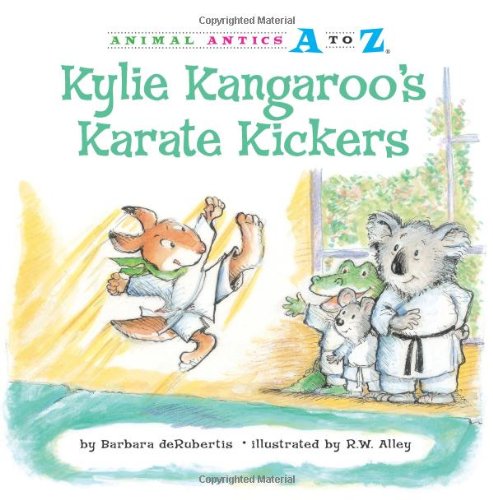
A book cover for Kylie Kangaroo's Karate Kickers (Animal Antics A to Z); Barbara deRubertis; Children's Books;